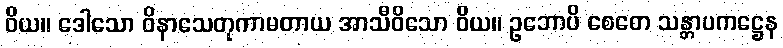
ဝိယ။ ဒေါသော ဝိနာသေတုကာမတာယ အာသီဝိသော ဝိယ။ ဥဘောပိ စေတေ သန္တာပကဋ္ဌေန